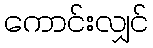
ကောင်းလျှင်